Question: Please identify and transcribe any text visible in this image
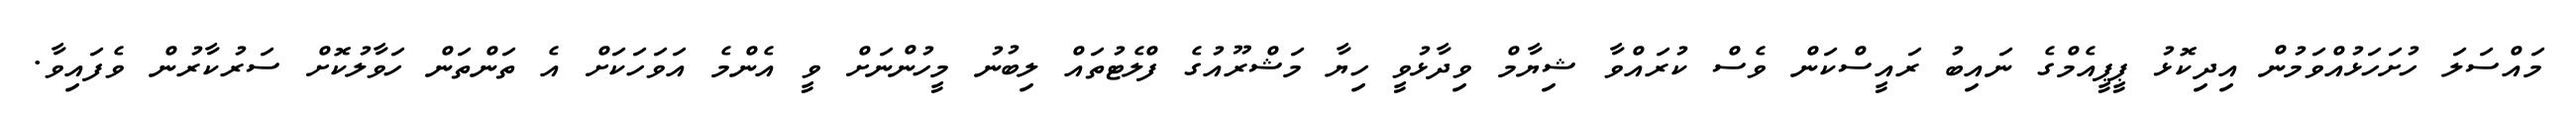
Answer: މައްސަލަ ހުށަހަޅުއްވަމުން އިދިކޮޅު ޕީޕީއެމްގެ ނައިބު ރައީސްކަން ވެސް ކުރައްވާ ޝިޔާމް ވިދާޅުވީ ހިޔާ މަޝްރޫއުގެ ފްލެޓުތައް ލިބުނު މީހުންނަށް ވީ އެންމެ އަވަހަކަށް އެ ތަންތަން ހަވާލުކޮށް ސަރުކާރުން ވެފައިވާ.